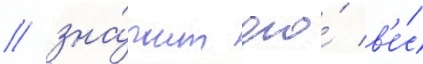
/ зна́чит его́ в'е́с